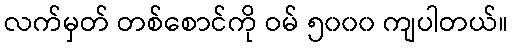
လက်မှတ် တစ်စောင်ကို ဝမ် ၅၀၀၀ ကျပါတယ်။